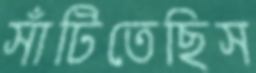
সাঁটিতেছিস